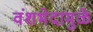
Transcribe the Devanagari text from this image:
वंशभेदामुळे